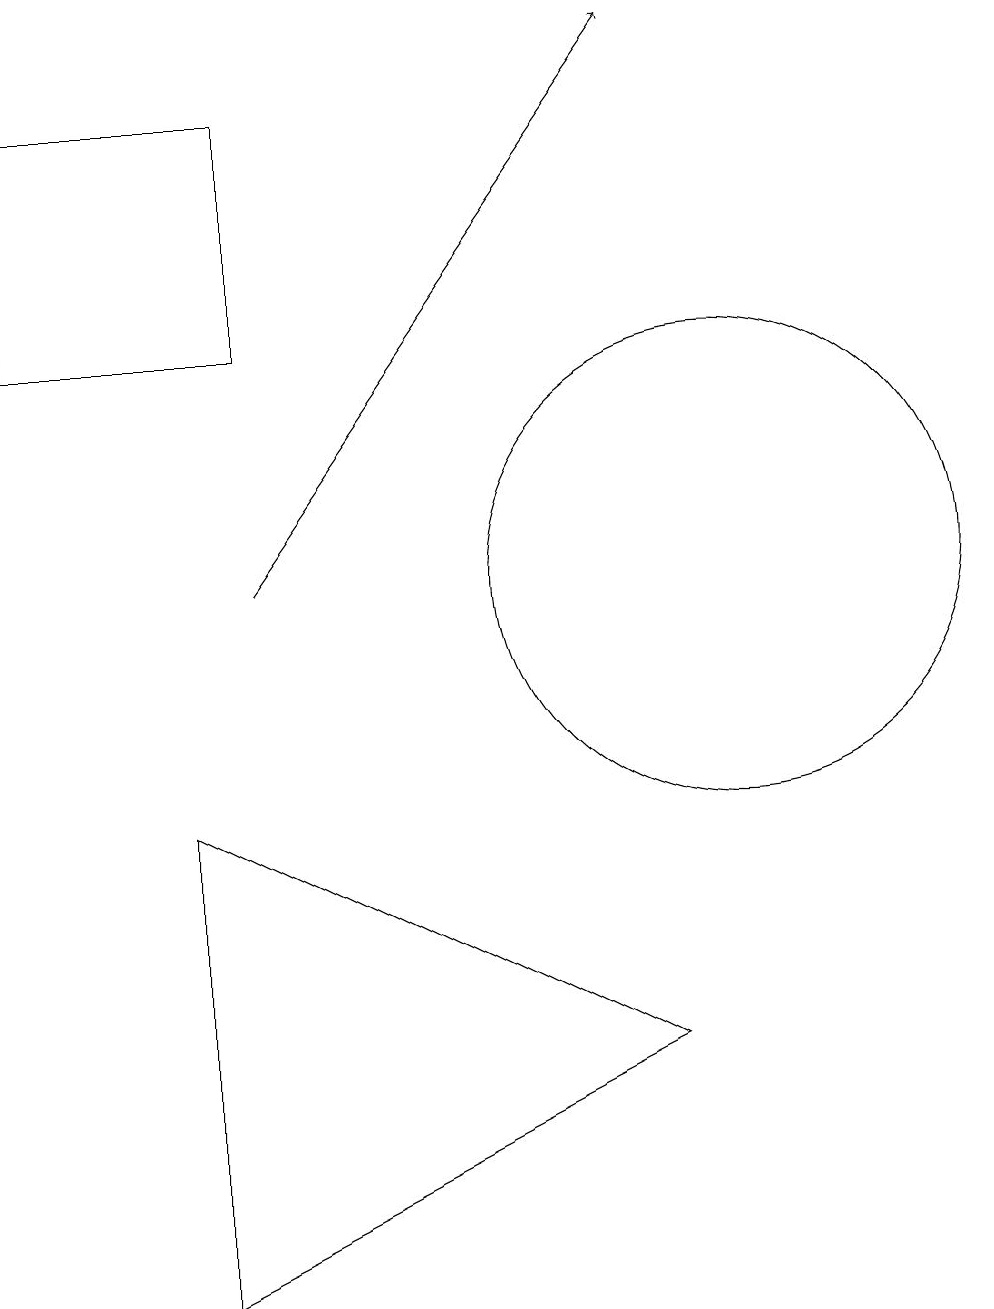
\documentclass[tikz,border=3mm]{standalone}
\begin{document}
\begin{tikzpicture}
\draw (4,17) rectangle (1,14);
\draw (10,11) circle (3);
\draw (9,5) -- (3,8) -- (3,2) -- cycle;
\draw[->] (4,11) -- (9,18);
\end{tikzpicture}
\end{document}